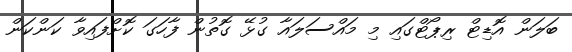
ބަލަން އޮޑިޓް ރިޕޯޓްގައި މި މައްސަލައާ ގުޅޭ ގޮތުން ފާހަގަ ކޮށްފައިވާ ކަންކަން